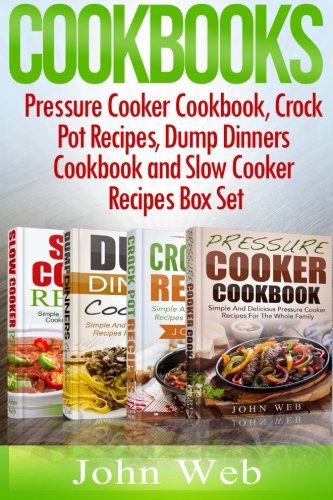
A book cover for COOKBOOKS: Pressure Cooker Cookbook, Crock Pot Recipes, Dump Dinners Cookbook And Slow Cooker Recipes Box Set: 180+ Of The Most Simple, Delicious And ... For The Whole Family (Cookbooks, Cookbook); John Web; Cookbooks, Food & Wine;